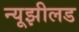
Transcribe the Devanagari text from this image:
न्यूझीलड